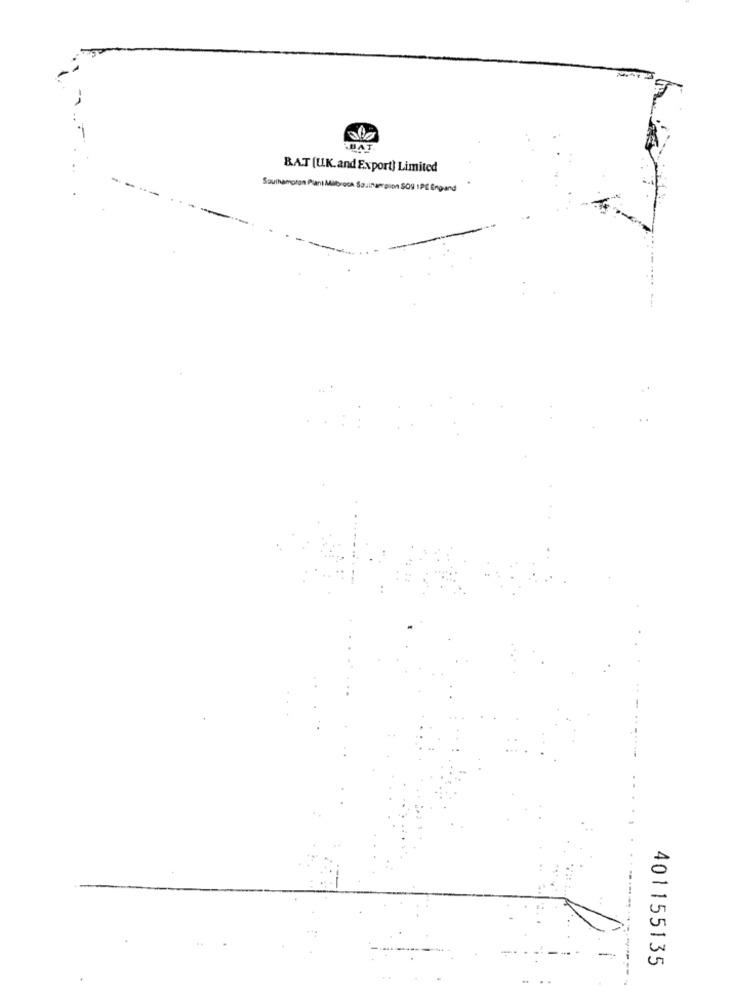
BAT.
BAT [U.K. and Export) Limited
Southampton Plant Milbrook Southam pion SOS IPE Engund
-
401155135